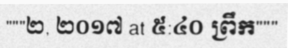
"""២, ២០១៧ at ៥:៤០ ព្រឹក"""